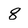
Character: 8